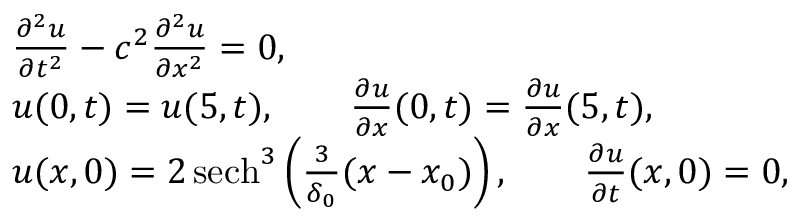
\begin{array} { r l } & { \frac { \partial ^ { 2 } u } { \partial t ^ { 2 } } - c ^ { 2 } \frac { \partial ^ { 2 } u } { \partial x ^ { 2 } } = 0 , } \\ & { u ( 0 , t ) = u ( 5 , t ) , \qquad \frac { \partial u } { \partial x } ( 0 , t ) = \frac { \partial u } { \partial x } ( 5 , t ) , } \\ & { u ( x , 0 ) = 2 \, \mathrm { s e c h } ^ { 3 } \left( \frac { 3 } { \delta _ { 0 } } ( x - x _ { 0 } ) \right) , \qquad \frac { \partial u } { \partial t } ( x , 0 ) = 0 , } \end{array}